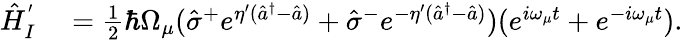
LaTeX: \begin{array}{rl}{\hat{H}_{I}^{'}}&{{}=\frac{1}{2}\hbar\Omega_{\mu}(\hat{\sigma}^{+}e^{\eta^{\prime}(\hat{a}^{\dagger}-\hat{a})}+\hat{\sigma}^{-}e^{-\eta^{\prime}(\hat{a}^{\dagger}-\hat{a})})(e^{i\omega_{\mu}t}+e^{-i\omega_{\mu}t}).}\end{array}